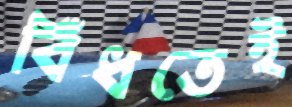
বিঁধতেই